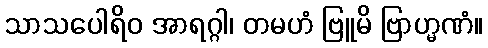
သာသပေါရိဝ အာရဂ္ဂါ၊ တမဟံ ဗြူမိ ဗြာဟ္မဏံ။